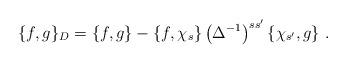
LaTeX: \begin{align*}\{f,g\}_D=\{f,g\}-\{f,\chi_s\}\left(\Delta^{-1}\right)^{ss'}\{\chi_{s'},g\}\ .\end{align*}